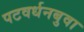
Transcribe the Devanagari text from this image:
पटवर्धनबुवा